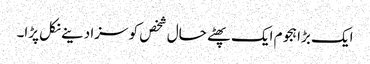
ایک بڑا ہجوم ایک پھٹے حال شخص کو سزا دینے نکل پڑا۔